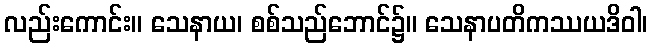
လည်းကောင်း။ သေနာယ၊ စစ်သည်ဘောင်၌။ သေနာပတိကဿယဒိဝါ၊